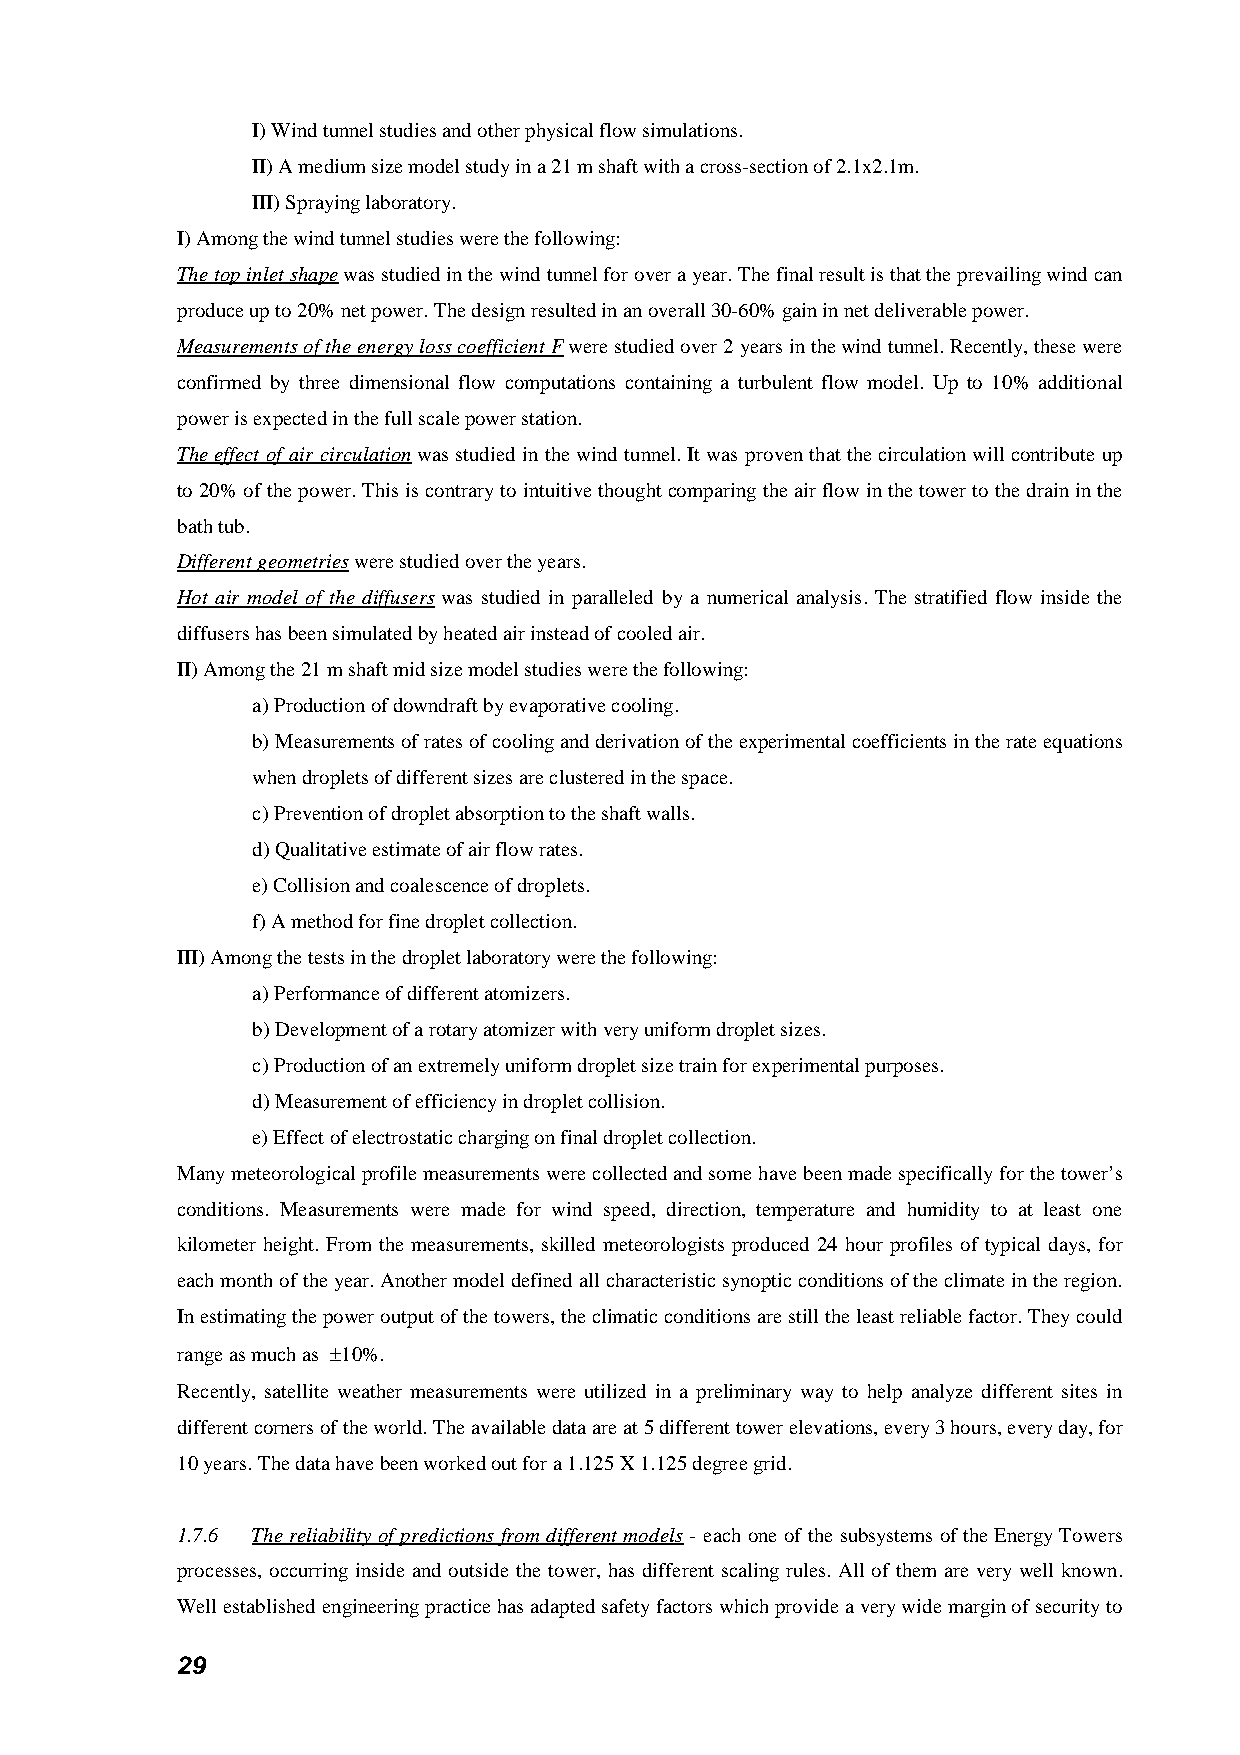
I) Wind tunnel studies and other physical flow simulations.
 II) A medium size model study in a 21 m shaft with a cross-section of 2.1x2.1m.
 III) Spraying laboratory.
 I) Among the wind tunnel studies were the following:
 The top inlet shape was studied in the wind tunnel for over a year. The final result is that the prevailing wind can
 produce up to 20% net power. The design resulted in an overall 30-60% gain in net deliverable power.
 Measurements of the energy loss coefficient F were studied over 2 years in the wind tunnel. Recently, these were
 confirmed by three dimensional flow computations containing a turbulent flow model. Up to 10% additional
 power is expected in the full scale power station.
 The effect of air circulation was studied in the wind tunnel. It was proven that the circulation will contribute up
 to 20% of the power. This is contrary to intuitive thought comparing the air flow in the tower to the drain in the
 bath tub.
 Different geometries were studied over the years.
 Hot air model of the diffusers was studied in paralleled by a numerical analysis. The stratified flow inside the
 diffusers has been simulated by heated air instead of cooled air.
 II) Among the 21 m shaft mid size model studies were the following:
 a) Production of downdraft by evaporative cooling.
 b) Measurements of rates of cooling and derivation of the experimental coefficients in the rate equations
 when droplets of different sizes are clustered in the space.
 c) Prevention of droplet absorption to the shaft walls.
 d) Qualitative estimate of air flow rates.
 e) Collision and coalescence of droplets.
 f) A method for fine droplet collection.
 III) Among the tests in the droplet laboratory were the following:
 a) Performance of different atomizers.
 b) Development of a rotary atomizer with very uniform droplet sizes.
 c) Production of an extremely uniform droplet size train for experimental purposes.
 d) Measurement of efficiency in droplet collision.
 e) Effect of electrostatic charging on final droplet collection.
 Many meteorological profile measurements were collected and some have been made specifically for the tower’s
 conditions. Measurements were made for wind speed, direction, temperature and humidity to at least one
 kilometer height. From the measurements, skilled meteorologists produced 24 hour profiles of typical days, for
 each month of the year. Another model defined all characteristic synoptic conditions of the climate in the region.
 In estimating the power output of the towers, the climatic conditions are still the least reliable factor. They could
 range as much as ±10%.
 Recently, satellite weather measurements were utilized in a preliminary way to help analyze different sites in
 different corners of the world. The available data are at 5 different tower elevations, every 3 hours, every day, for
 10 years. The data have been worked out for a 1.125 X 1.125 degree grid.
 1.7.6 The reliability of predictions from different models - each one of the subsystems of the Energy Towers
 processes, occurring inside and outside the tower, has different scaling rules. All of them are very well known.
 Well established engineering practice has adapted safety factors which provide a very wide margin of security to
 29